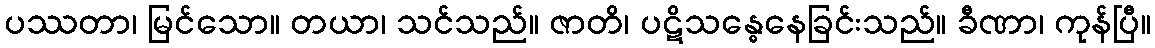
ပဿတာ၊ မြင်သော။ တယာ၊ သင်သည်။ ဇာတိ၊ ပဋိသန္ဓေနေခြင်းသည်။ ခီဏာ၊ ကုန်ပြီ။